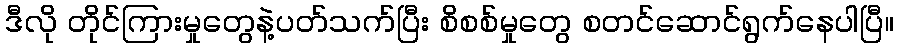
ဒီလို တိုင်ကြားမှုတွေနဲ့ပတ်သက်ပြီး စိစစ်မှုတွေ စတင်ဆောင်ရွက်နေပါပြီ။